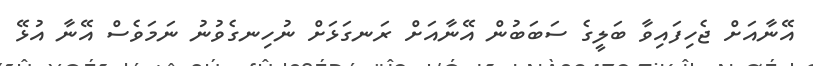
އޭނާއަށް ޖެހިފައިވާ ބަލީގެ ސަބަބުން އޭނާއަށް ރަނގަޅަށް ނުހިނގެވުނު ނަމަވެސް އޭނާ އުޅޭ